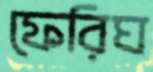
ফেরিঘ